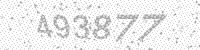
Solution: 493877